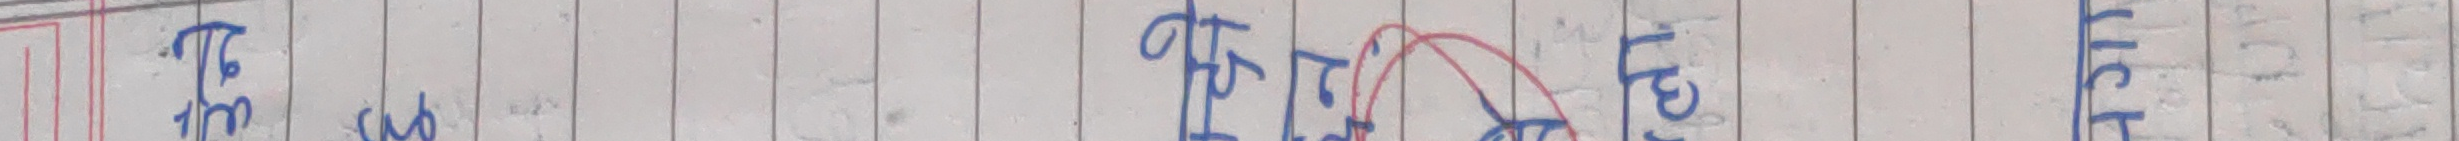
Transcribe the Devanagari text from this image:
हेल्न कुरा हाल्न